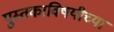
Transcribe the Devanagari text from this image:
पुस्तकाविषयीच्या